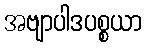
အဗျာပါဒပစ္စယာ